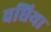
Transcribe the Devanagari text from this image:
वधिया